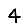
Digit: 4